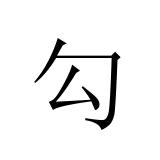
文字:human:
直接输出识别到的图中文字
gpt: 勾